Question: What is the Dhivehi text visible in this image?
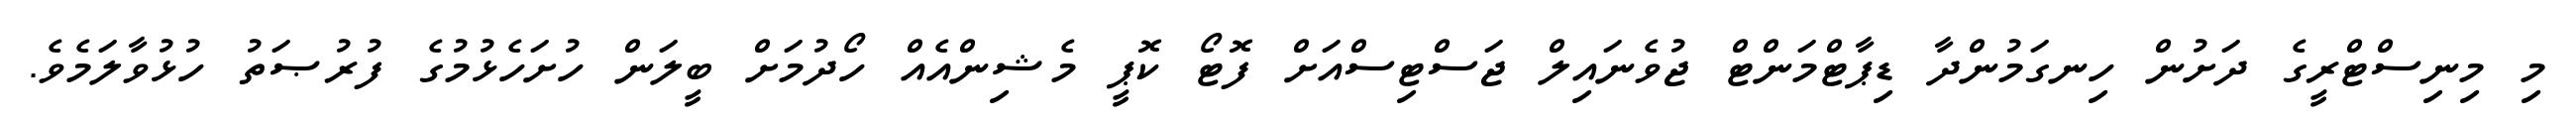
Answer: މި މިނިސްޓްރީގެ ދަށުން ހިނގަމުންދާ ޑިޕާޓްމަންޓް ޖުވެނައިލް ޖަސްޓިސްއަށް ފޮޓޯ ކޮޕީ މެޝިންއެއް ހޯދުމަށް ބީލަން ހުށަހެޅުމުގެ ފުރުޞަތު ހުޅުވާލަމެވެ.